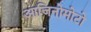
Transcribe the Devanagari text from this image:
आजिनोमोटो